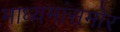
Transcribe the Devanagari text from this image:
माध्यमांसमोर